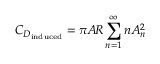
C _ { D _ { \mathrm { i n d u c e d } } } = \pi A \! R \sum _ { n = 1 } ^ { \infty } n A _ { n } ^ { 2 }